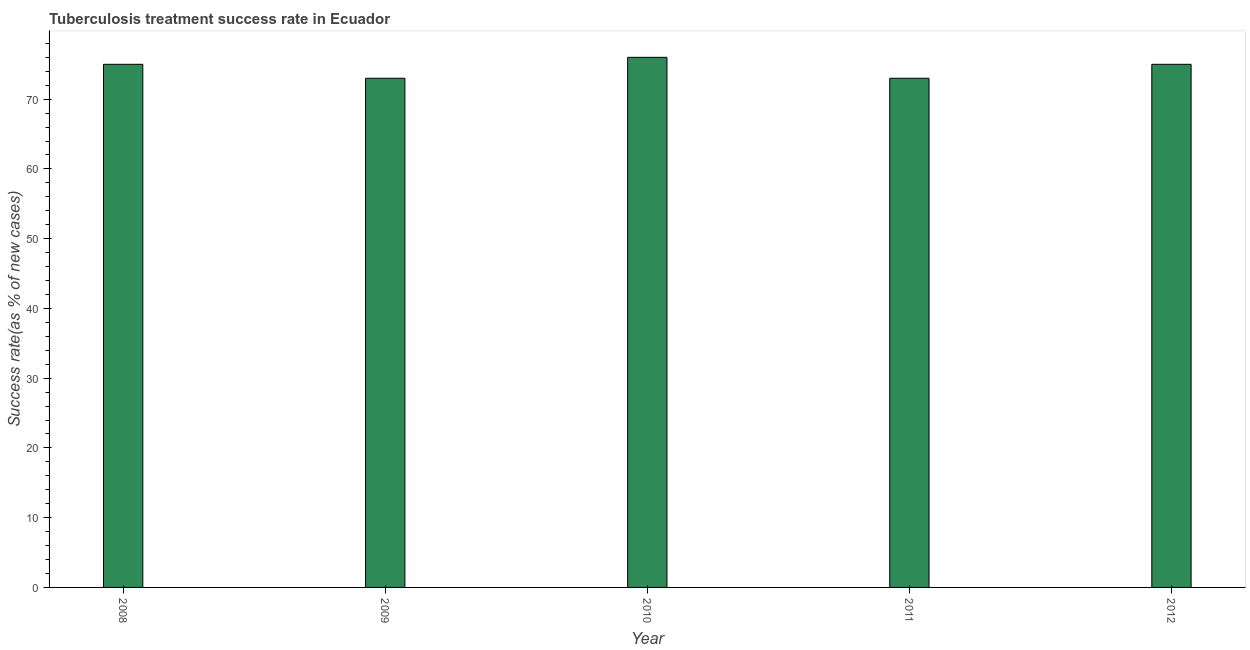
| Year | Tuberculosis treatment success rate |
 | --- | --- |
 | 2008 | 75 |
 | 2009 | 73 |
 | 2010 | 76 |
 | 2011 | 73 |
 | 2012 | 75 |